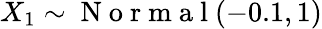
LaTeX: X_{1}\sim\mathrm{~N~o~r~m~a~l~}(-0.1,1)